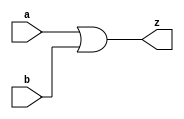
// This program was cloned from: https://github.com/aolofsson/oh
// License: MIT License

//#############################################################################
//# Function: 2-Input Clock Or Gate                                           #
//# Copyright: OH Project Authors. ALl rights Reserved.                       #
//# License:  MIT (see LICENSE file in OH repository)                         #
//#############################################################################

module asic_clkor2 #(parameter PROP = "DEFAULT")   (
    input  a,
    input  b,
    output z
    );

   assign z = a | b;

endmodule